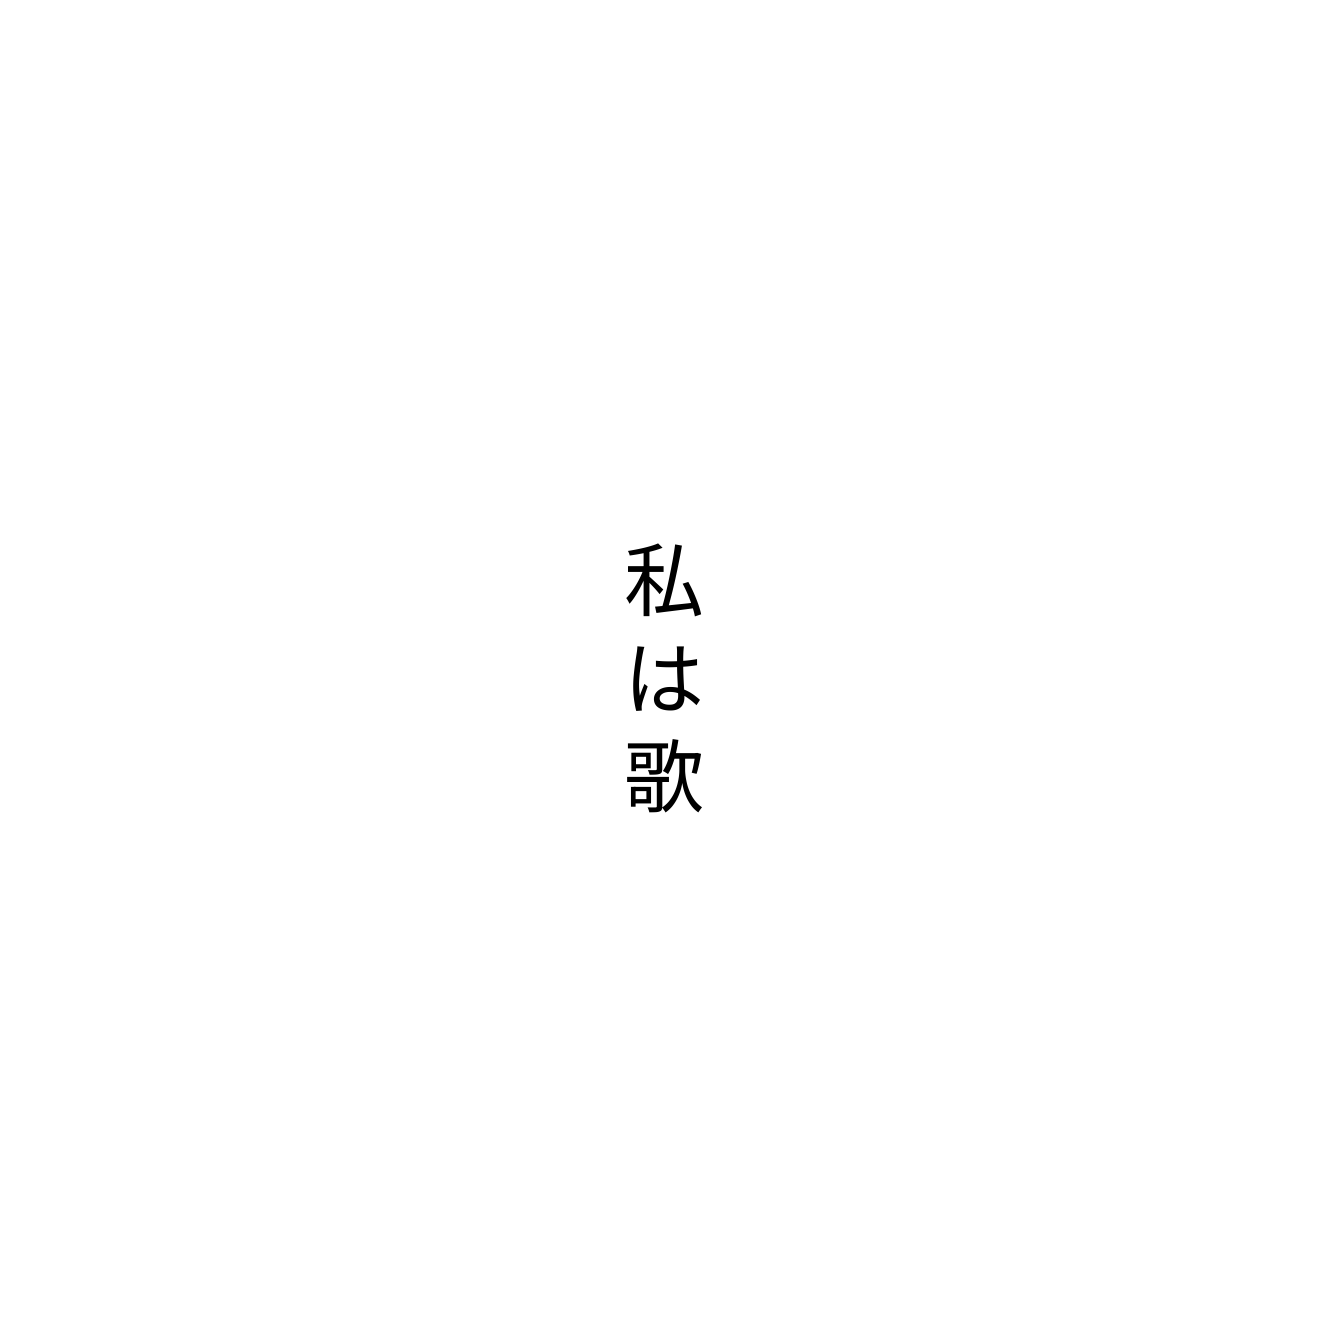
私は歌